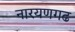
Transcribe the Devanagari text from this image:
नारयणगढ